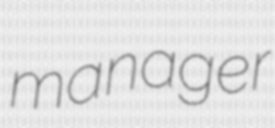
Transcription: manager